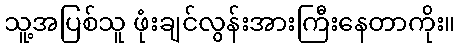
သူ့အပြစ်သူ ဖုံးချင်လွန်းအားကြီးနေတာကိုး။